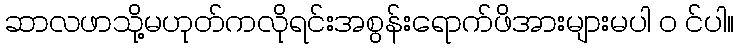
ဆာလဖာသို့မဟုတ်ကလိုရင်းအစွန်းရောက်ဖိအားများမပါ ၀ င်ပါ။